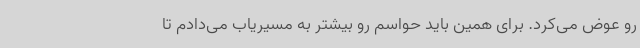
رو عوض می‌کرد. برای همین باید حواسم رو بیشتر به مسیریاب می‌دادم تا